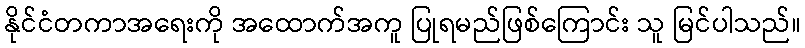
နိုင်ငံတကာအရေးကို အထောက်အကူ ပြုရမည်ဖြစ်ကြောင်း သူ မြင်ပါသည်။